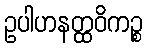
ဥပါဟနတ္ထဝိကဉ္စ